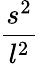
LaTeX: \frac{s^{2}}{l^{2}}